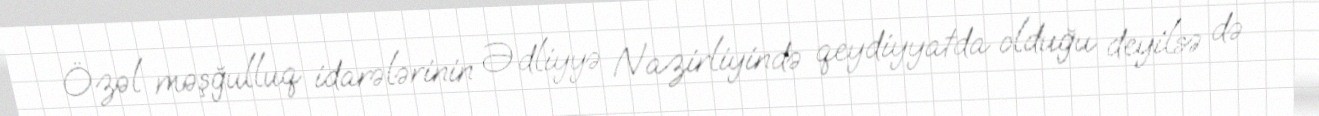
Özəl məşğulluq idarələrinin Ədliyyə Nazirliyində qeydiyyatda olduğu deyilsə də